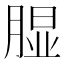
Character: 𱼎